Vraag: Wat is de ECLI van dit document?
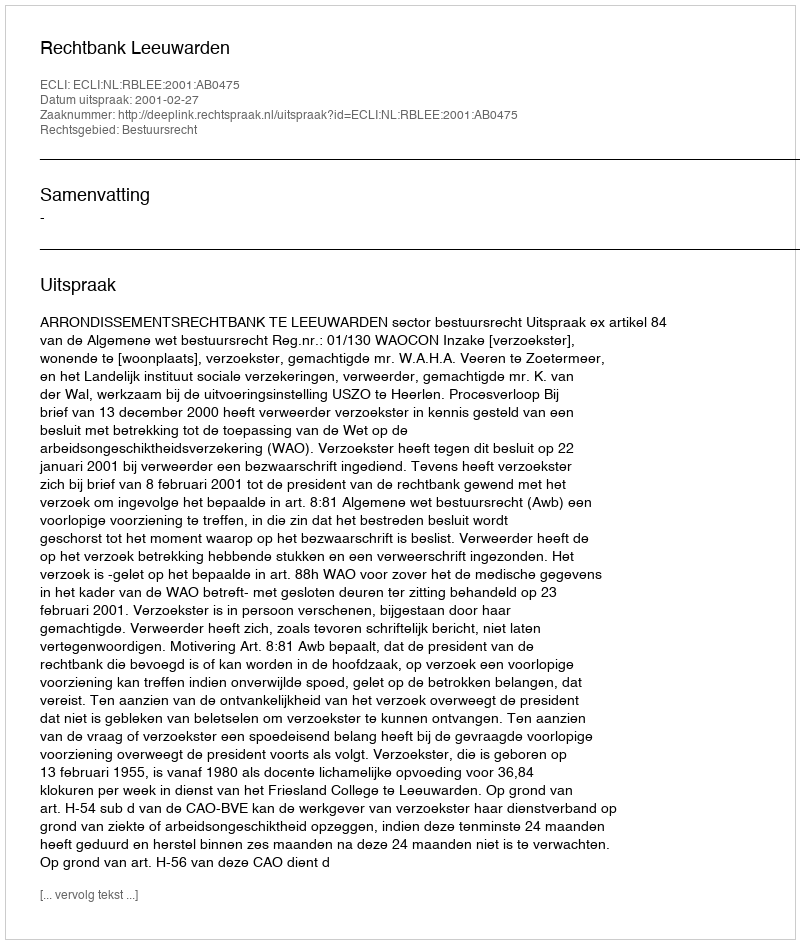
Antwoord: ECLI:NL:RBLEE:2001:AB0475